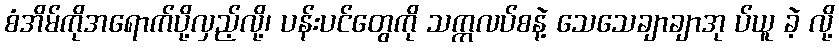
စံအိမ်ကိုအရောက်ပို့လှည့်လို့၊ ပန်းပင်တွေကို သက္ကလပ်စနဲ့ သေသေချာချာအု ပ်ယူ ခဲ့ လို့